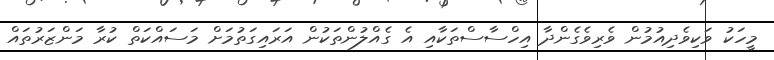
މީހަކު ވަކިވެދިއުމުން ވެރިވެގެންދާ އިހްސާސްތަކާއި އެ ގެއްލުންތަކުން އަރައިގަތުމަށް މަސައްކަތް ކުރާ މަންޒަރުތައް